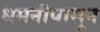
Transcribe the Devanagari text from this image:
धमनीपासून